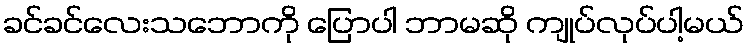
ခင်ခင်လေးသဘောကို ပြောပါ ဘာမဆို ကျုပ်လုပ်ပါ့မယ်